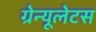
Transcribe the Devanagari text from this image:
ग्रेन्यूलेटस